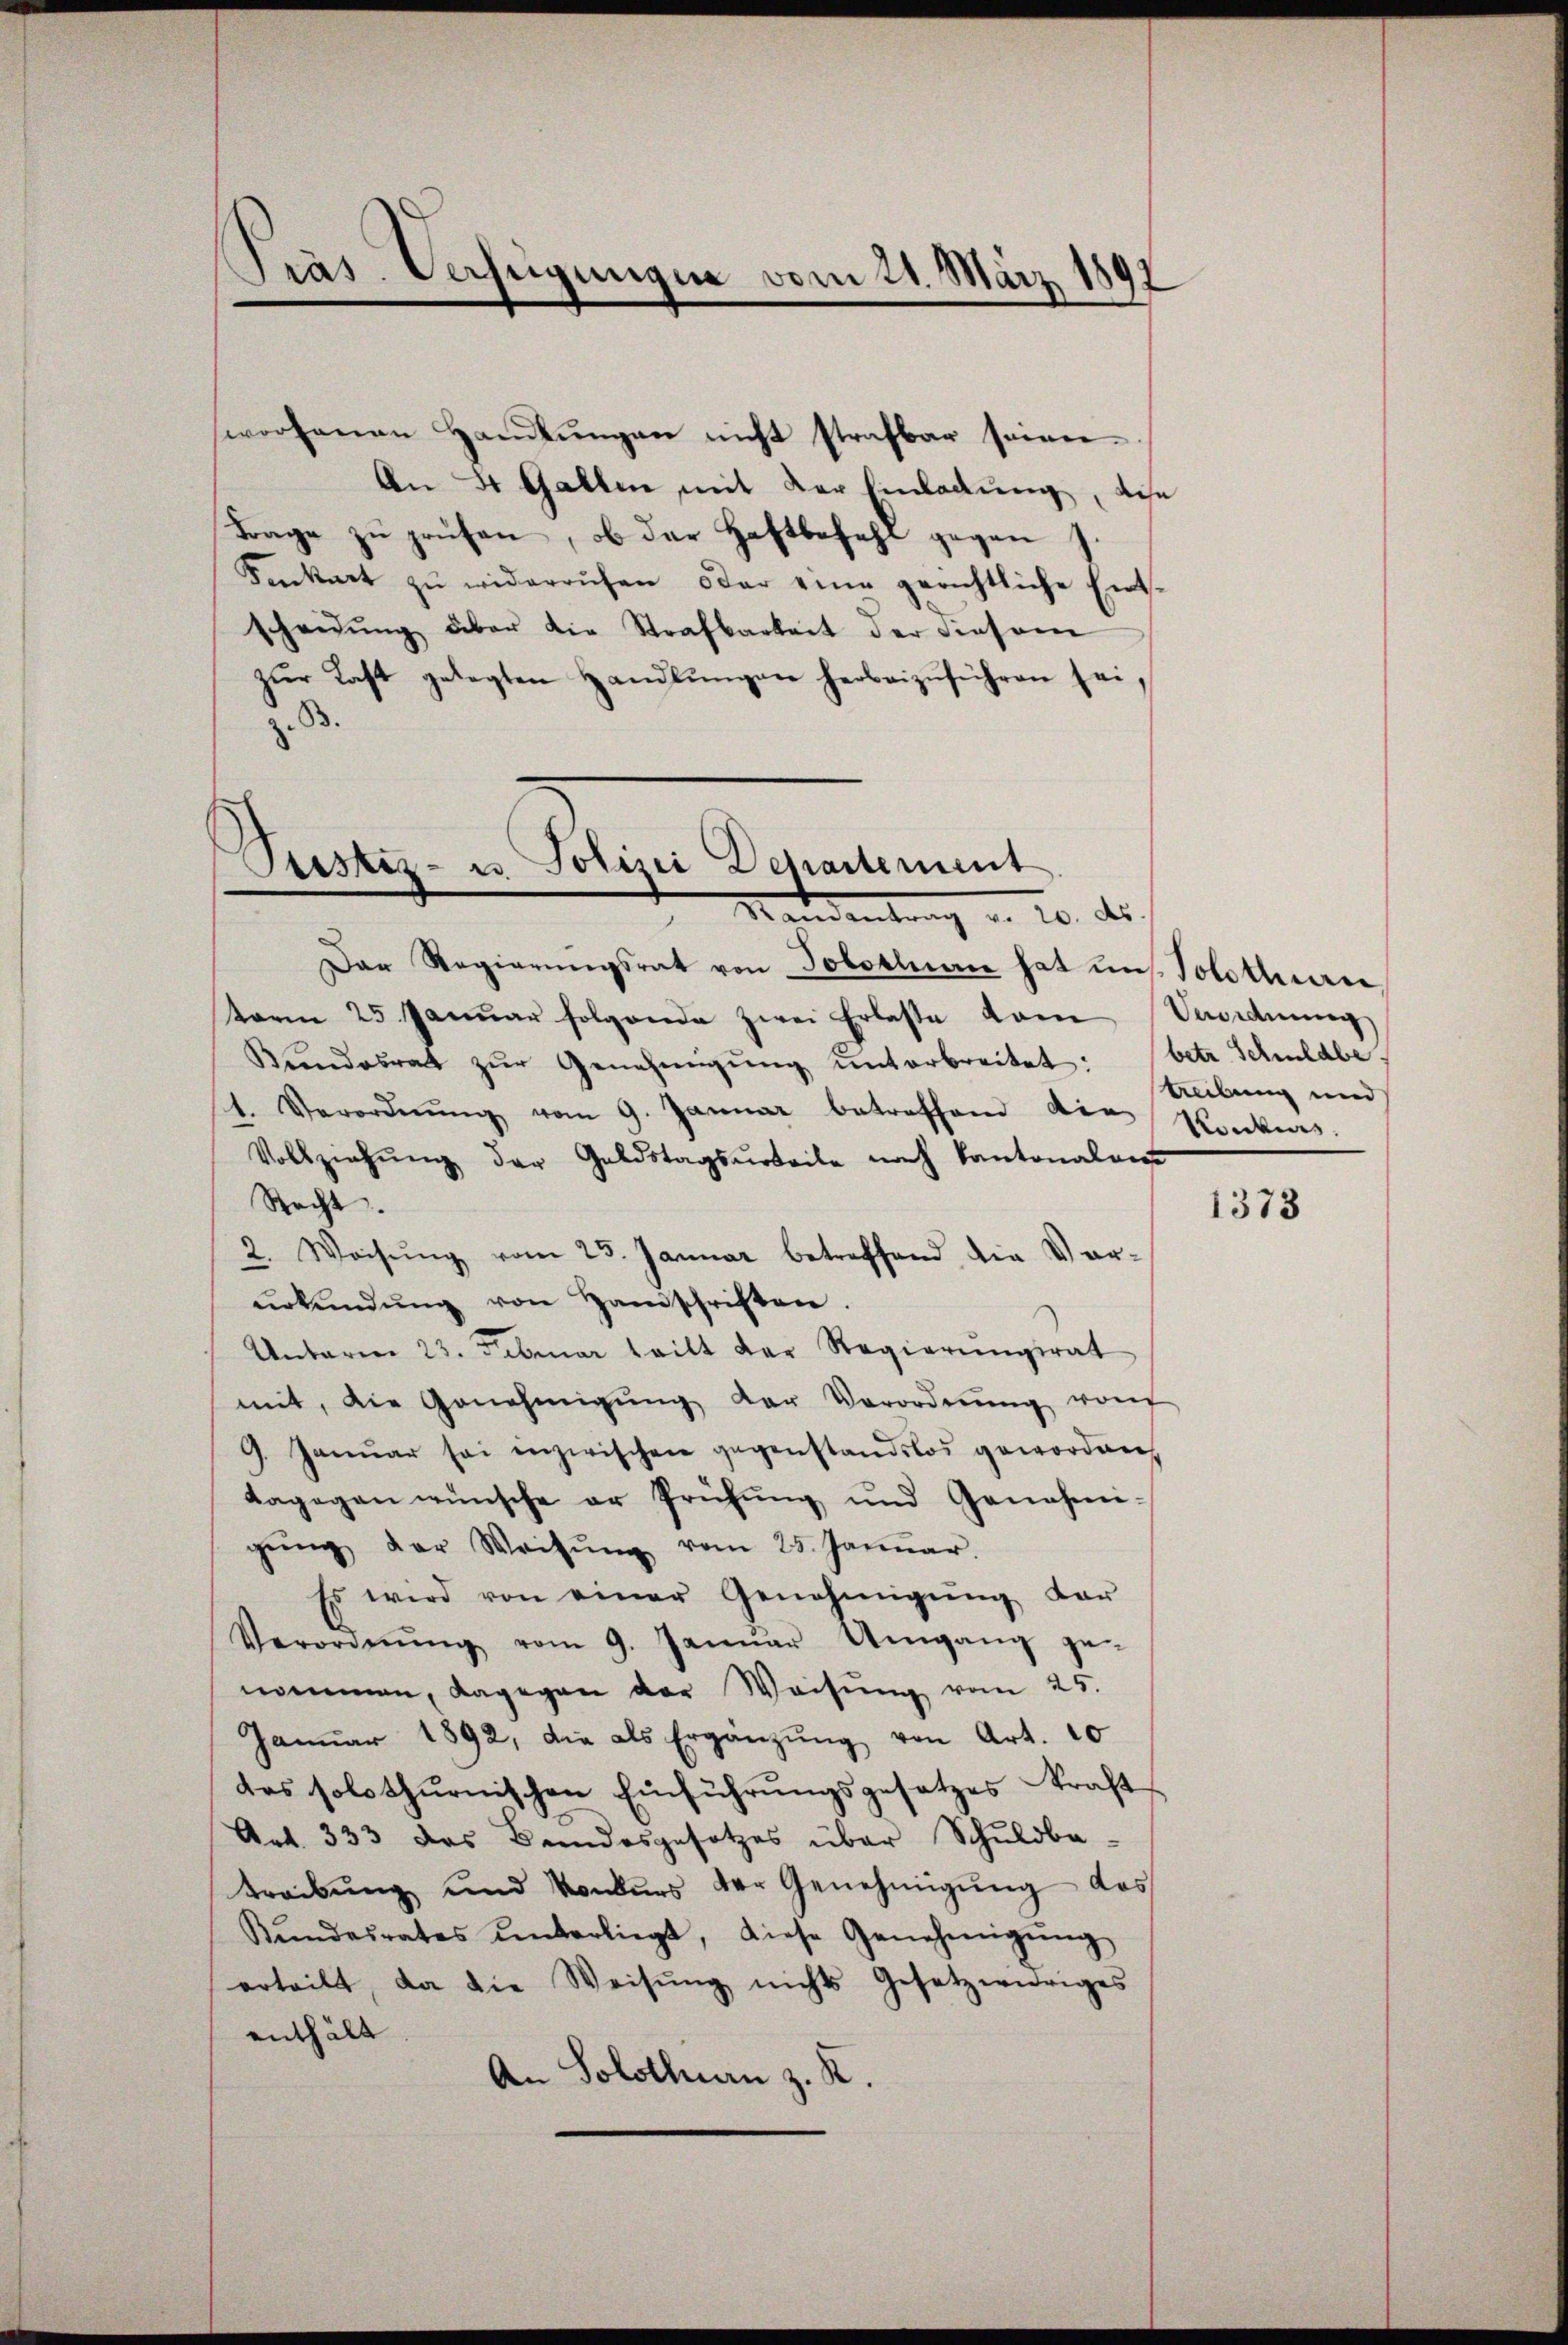
Präs. Verfügungen vom 21. März 189

woofanen Handlungen nicht strafbar seinen
An 2 Gallen mit der Einladung, die
Frage zŭ prüfen, ob der Haftbefehl gegen
Kankart zŭ widerrufen oder eine gerichtliche Ent-
scheidŭng über die Strafbarkeit der diesem
zŭr Last gelegten Handlŭngen herbeizŭführen sei,
z. B.

Justiz- u. Polizei Departement
d Mandantung u. 20. ds.

Dar Regierŭngsrat von Tobotluan hat uns. Solothurer,
term 25. Janŭar folgende zwei Erlasse vom Vordnung
Bŭndesrat zŭr Genehmigŭng ŭnterbreitet: (betr. Schuldbe
h. Verordnŭng vom 9. Januar betreffend die Konkurs
Vollziehŭng der Goldstagsŭrteile nach Kantonalen
Recht.
2. Weisŭng vom 25. Januar betreffend die Ver-
ŭrkŭndŭng von Handschriften.
Unterm 23. Februar teilt der Regierŭngsrat
mit, die Genehmigŭng der Verordnŭng von
9. Januar sei inzwischen gegenstandslos geworden,
dagegen wünsche er Prüfung und Genehmi-
gŭng der Weisŭng vom 25. Januar.
Es wird von einer Genehmigŭng der
Verordnŭng vom 9. Janŭar Umgang ge-
nommen, dagegen der Weisŭng vom 25.
Janŭar 1892, die als Ergänzŭng von Art. 10
das solothurnischen Einführungsgesetzes kraft
Art. 333 das Bundesgesetzes über Schuldba-
treibŭng und Konkŭrs der Genehmigŭng das
Kŭndesrates unterliegt, diese Genehmigŭng
erteilt, da die Weisŭng nichts Gesetzwidriges
enthält
An Solothurn z. R.

treibung und

1373